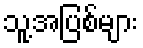
သူ့အပြစ်များ